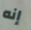
إنه